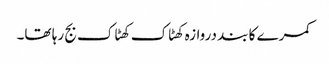
کمرے کا بند دروازہ کھٹاک کھٹاک بج رہا تھا۔